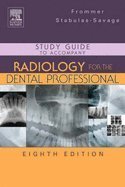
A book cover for Radiology for the Dental Professional with Study Guide Package; Herbert H. Frommer; Medical Books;